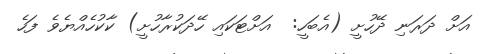
އަށް ދަރަނި ދޭހުށީ (އެބަހީ:  އަށްޓަކައި ހޭދަކުރާހުށީ) ކާކުހެއްޔެވެ ފަހެ